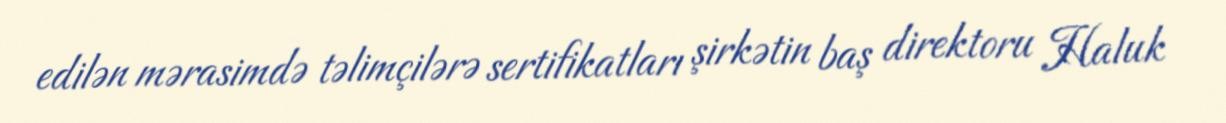
edilən mərasimdə təlimçilərə sertifikatları şirkətin baş direktoru Haluk